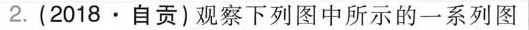
2.(2018·自贡)观察下列图中所示的一系列图